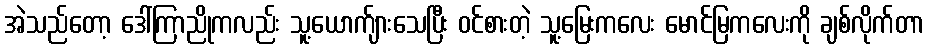
အဲသည်တော့ ဒေါ်ကြာညိုကလည်း သူ့ယောက်ျားသေပြီး ဝင်စားတဲ့ သူ့မြေးကလေး မောင်မြကလေးကို ချစ်လိုက်တာ